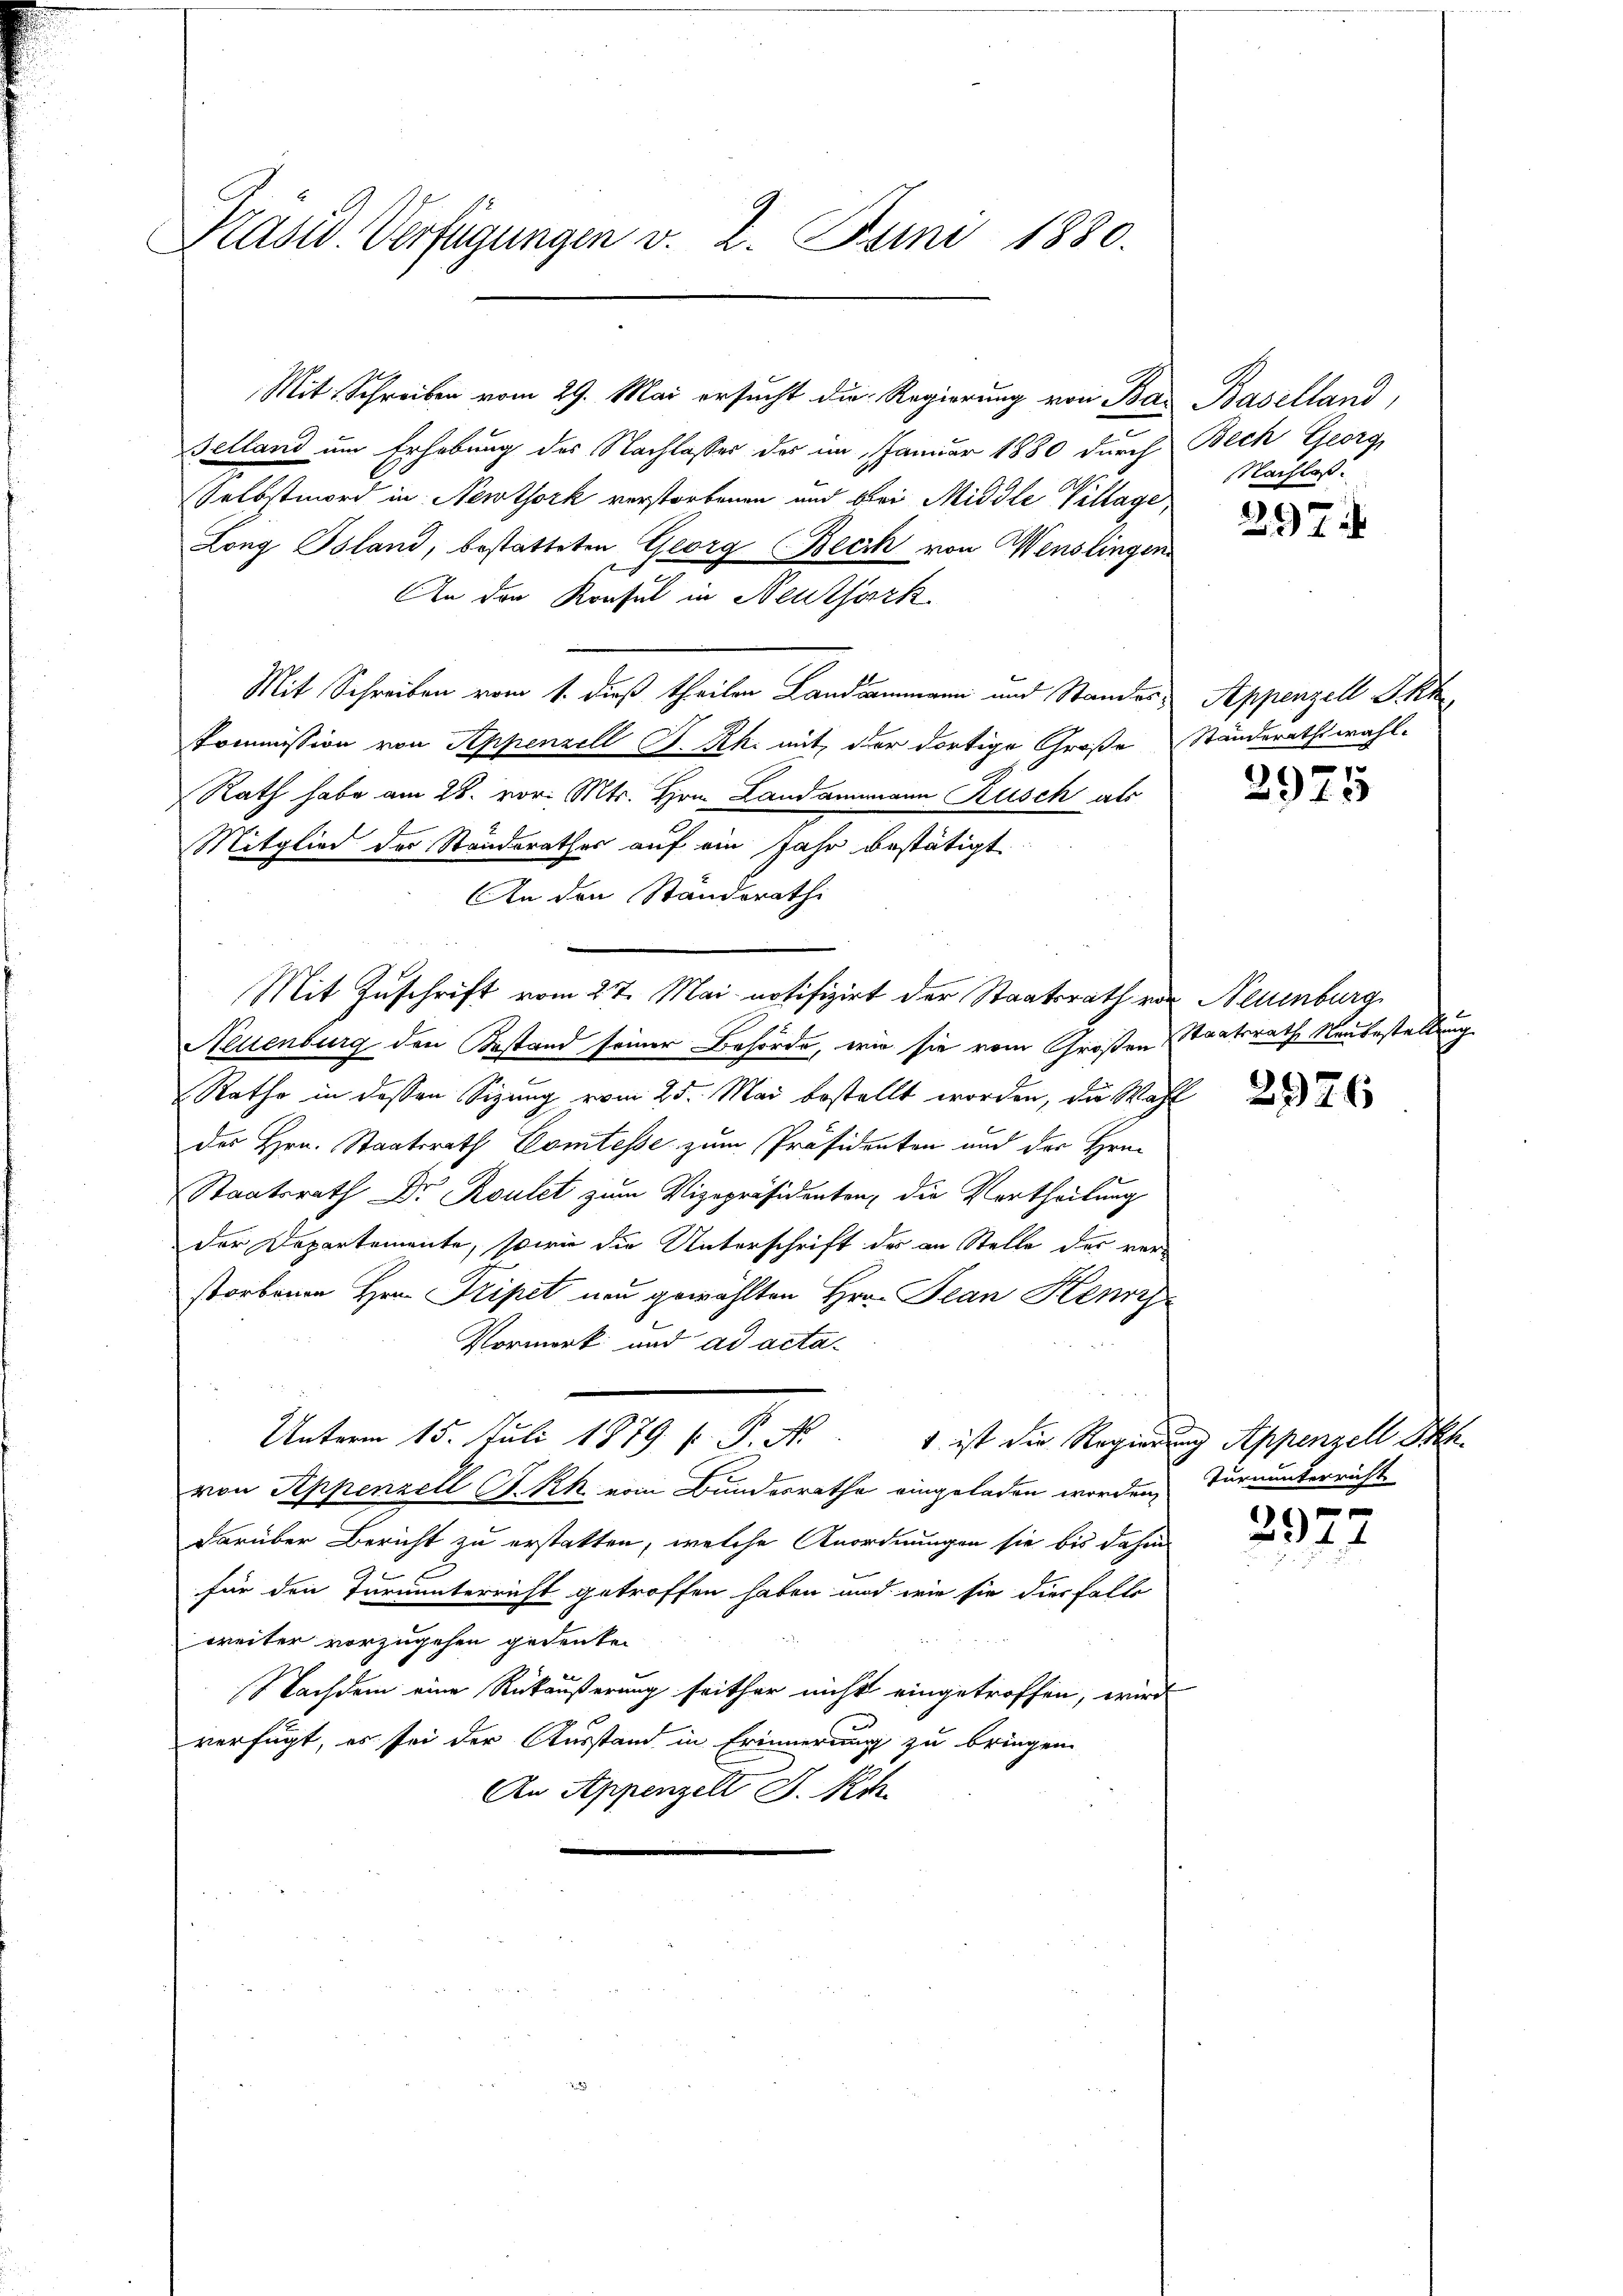
Präsid. Verfügungen v. 2. Juni 1880.

Mit Schreiben vom 29. Mai ersucht die Regierung von Ba
selland um Erhebung des Nachlasses der im Januar 1880 durch
Selbstmord in Newtork verstorbenen und bei Middle Village
Long Bsland, bestatteten Georg Beck von Wenslinger
An den Konsul in Neuthork
Mit Schreiben vom 1. dieß theilen Landammann und Standes¬
Kommission von Appenzell I.Rh. mit der dortige Große
Rath habe am 28. vor. Mts. Hrn. Landammann Rusch als
Mitglied der Standsrathes auf ein Jahr bestätigt
An den Standerath
Nellenburg den Bestand seiner Behörde, wie sie vom Großen
Rathe in dessen Sizung vom 25. Mai bestellt worden, die Wa
des Hrn. Staatsrath Comtesse zum Präsidenten und der Hrn.
Staatsrath Dr Roulet zum Vizepräsidenten, die Vertheilung
der Departemente, sowie die Unterschrift der an Stelle des verstorbenen Hrn. Tripet neu gewählten Hrn. Jean Kenz
Vormerk und ad acta-
Unterm 15. Juli 1879. P.P. N
1 ist die Regier
von Appenzell A.Rh. vom Bundesrathe eingeladen worden,
darüber Bericht zu erstatten, welche Anordnungen sie bis dahin
für den Turnunterricht getroffen haben und wie sie diesfalls
weiter vorzugehen gedenken
Nachdem eine Rückäußerung seither nicht eingetroffen, wird
verfügt, es sei der Ausstand in Erinnerung zu bringen
An Appenzelt J. Rh.

Mit Zuschrift vom 27. Mai notifizirt der Staatsrath von Neuenburg

Baselland,
Bech Georg
Nachlas.

297

Appenzell I.Rh.
Standerathswahl.

2975

Staatsrath Neubestell
 2976

ung.

ung Appenzell Sch
Turnunterricht

2977